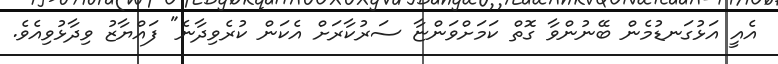
އެއީ އަޅުގަނޑުމެން ބޭނުންވާ ގޮތް ކަމަށްވަންޏާ ސަރުކާރަށް އެކަން ކުރެވިދާނެ" ފައްޔާޒު ވިދާޅުވިއެވެ.